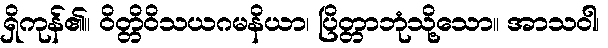
ရှိကုန်၏။ ဝိတ္တိဝိသယဂမနိယာ၊ ပြိတ္တာဘုံသို့သော။ အာသဝါ၊